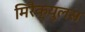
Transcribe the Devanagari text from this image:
मिरैक्युलस